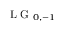
\mathrm { ~ L ~ G ~ } _ { 0 , - 1 }